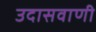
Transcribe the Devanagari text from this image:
उदासवाणी